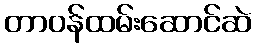
တာဝန်ထမ်းဆောင်ဆဲ